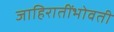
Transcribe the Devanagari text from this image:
जाहिरातींभोवती